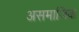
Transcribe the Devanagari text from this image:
असमाजिक